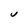
Character: U